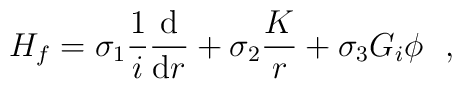
H_f=\sigma_1\frac{1}{i}\frac{{\rm d}}{{\rm d}r}	+\sigma_2\frac{K}{r}	+\sigma_3 G_i\phi~~,